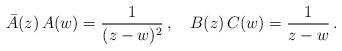
LaTeX: \begin{align*}\bar A(z)\,A(w) = \frac{1}{(z-w)^2}\,,\quad B(z)\,C(w) = \frac{1}{z-w}\,.\end{align*}